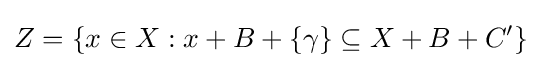
Z=\{x\in X:x+B+\{\gamma \}\subseteq X+B+C'\}